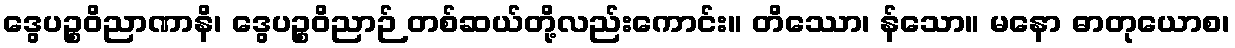
ဒွေပဉ္စဝိညာဏာနိ၊ ဒွေပဉ္စဝိညာဉ် တစ်ဆယ်တို့လည်းကောင်း။ တိဿော၊ န်သော။ မနော ဓာတုယောစ၊